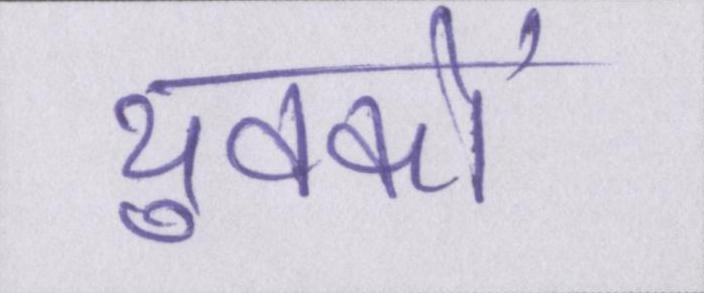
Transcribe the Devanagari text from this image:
युवकों